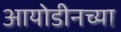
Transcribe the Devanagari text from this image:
आयोडीनच्या